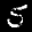
Label: 5